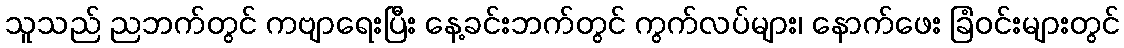
သူသည် ညဘက်တွင် ကဗျာရေးပြီး နေ့ခင်းဘက်တွင် ကွက်လပ်များ၊ နောက်ဖေး ခြံဝင်းများတွင်